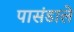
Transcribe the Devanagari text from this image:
पासंडाले